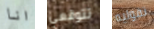
انا تتوقعي تقوليه